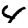
Digit: 4